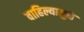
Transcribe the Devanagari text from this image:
वाहिल्यामुळे